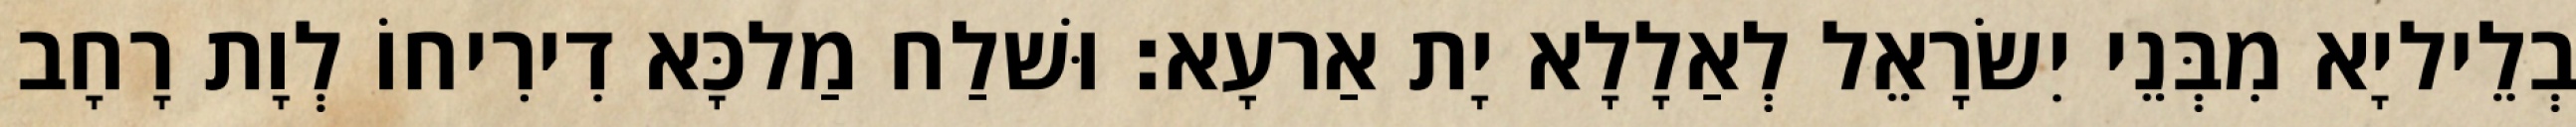
בְלֵיליָא מִבְּנֵי יִשׂרָאֵל לְאַלָלָא יָת אַרעָא׃ וּשׁלַח מַלכָּא דִירִיחוֹ לְוָת רָחָב